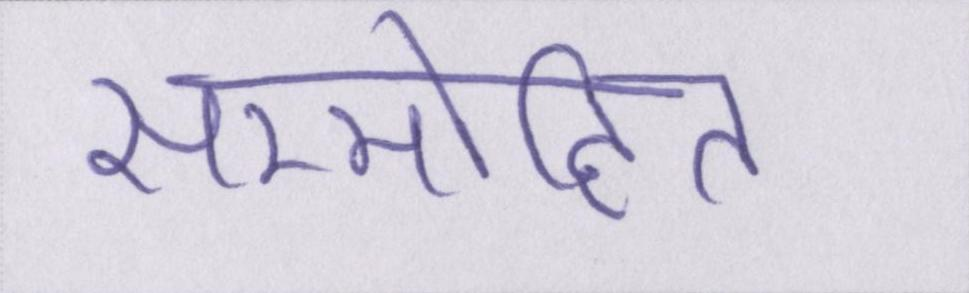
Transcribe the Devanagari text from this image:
सम्मोहित